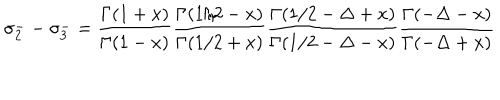
LaTeX: \sigma _ { 2 } ^ { -- } \sigma _ { 3 } ^ { - } = { \frac { \Gamma ( 1 + x ) } { \Gamma ( 1 - x ) } } { \frac { \Gamma ( 1 / 2 - x ) } { \Gamma ( 1 / 2 + x ) } } { \frac { \Gamma ( 1 / 2 - \Delta + x ) } { \Gamma ( 1 / 2 - \Delta - x ) } } { \frac { \Gamma ( - \Delta - x ) } { \Gamma ( - \Delta + x ) } }